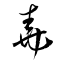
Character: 堯